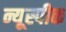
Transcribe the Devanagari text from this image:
न्यूस्पीक